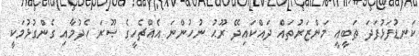
ކަނޑުފަޅުފަދަ ޠަބީޢީ މަންޒަރުތައް ދައްކައިދޭ ރޫޙު ނުހުންނަ އެއްޗެހީގެ ޞޫރަ ހެދުމާއި ގެންގުޅުމަކީ